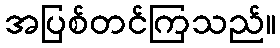
အပြစ်တင်ကြသည်။